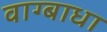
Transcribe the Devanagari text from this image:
वाग्बाधा